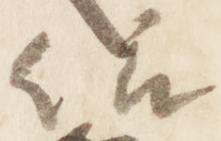
依